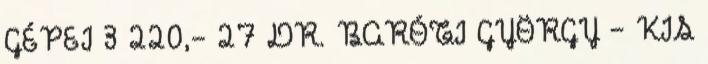
GÉPEI 3 220,- 27 DR. BARÓTI GYÖRGY – KIS